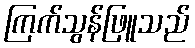
ကြက်သွန်ဖြူသည်